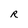
Character: R